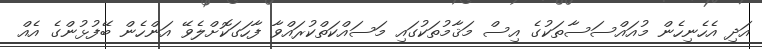
އަދި އެހެނިހެން މުއައްސަސާތަކުގެ އިސް މަޤާމުތަކުގައި މަސައްކަތްކުރައްވާ ފާހަގަކޮށްލެވޭ އަންހެން ބޭފުޅުންގެ އެއް